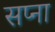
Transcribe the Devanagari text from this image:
सप्ना